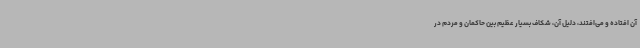
آن افتاده و می‌افتند، دلیل آن، شکاف بسیار عظیم بین حاکمان و مردم در